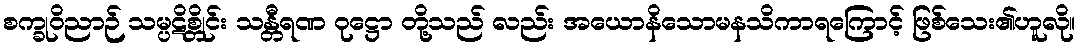
စက္ခုဝိညာဉ် သမ္ပဋိစ္တိုင်း သန္တီရဏ ဝုဋ္ဌော တို့သည် လည်း အယောနိသောမနသိကာရကြောင့် ဖြစ်သေး၏ဟူလို။